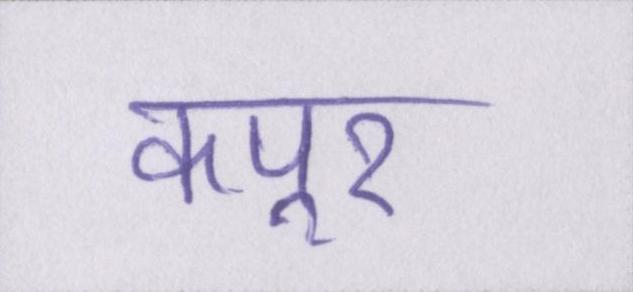
कपूर